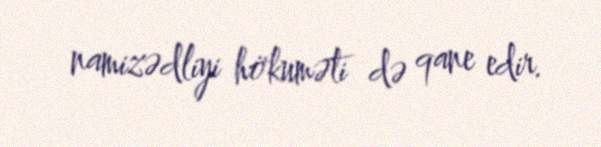
namizədliyi hökuməti də qane edir.